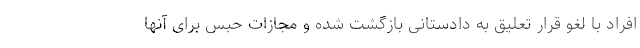
افراد با لغو قرار تعلیق به دادستانی بازگشت شده و مجازات حبس برای آنها